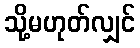
သို့မဟုတ်လျှင်